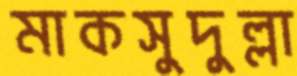
মাকসুদুল্লা